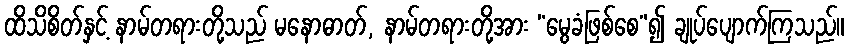
ထိသိစိတ်နှင့် နာမ်တရားတို့သည် မနောဓာတ်, နာမ်တရားတို့အား “မွေခံဖြစ်စေ”၍ ချုပ်ပျောက်ကြသည်။